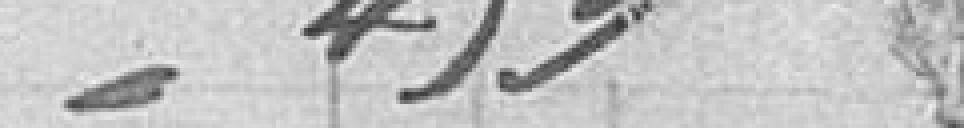
459